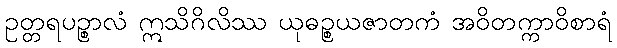
ဥတ္တရပဉ္စာလံ ဣသိဂိလိဿ ယုဓဉ္စယဇာတကံ အဝိတက္ကာဝိစာရံ